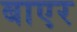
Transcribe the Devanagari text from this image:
बाएर